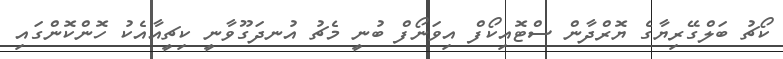
ކޯޗު ބަލްގޭރިޔާގެ ޔޮރްދާން ސްޓޮއިކޯފް އިވަނޯފް ބުނީ މެޗު އުނދަގޫވާނީ ކިޗީއާއެކު ހޮންކޮންގައި